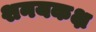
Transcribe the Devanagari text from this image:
शनयकक्ष